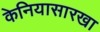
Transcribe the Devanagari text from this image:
केनियासारखा